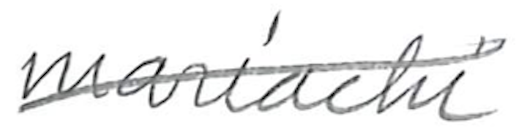
Text: mariachi
Cross-out: mix
Writing tool: pencil